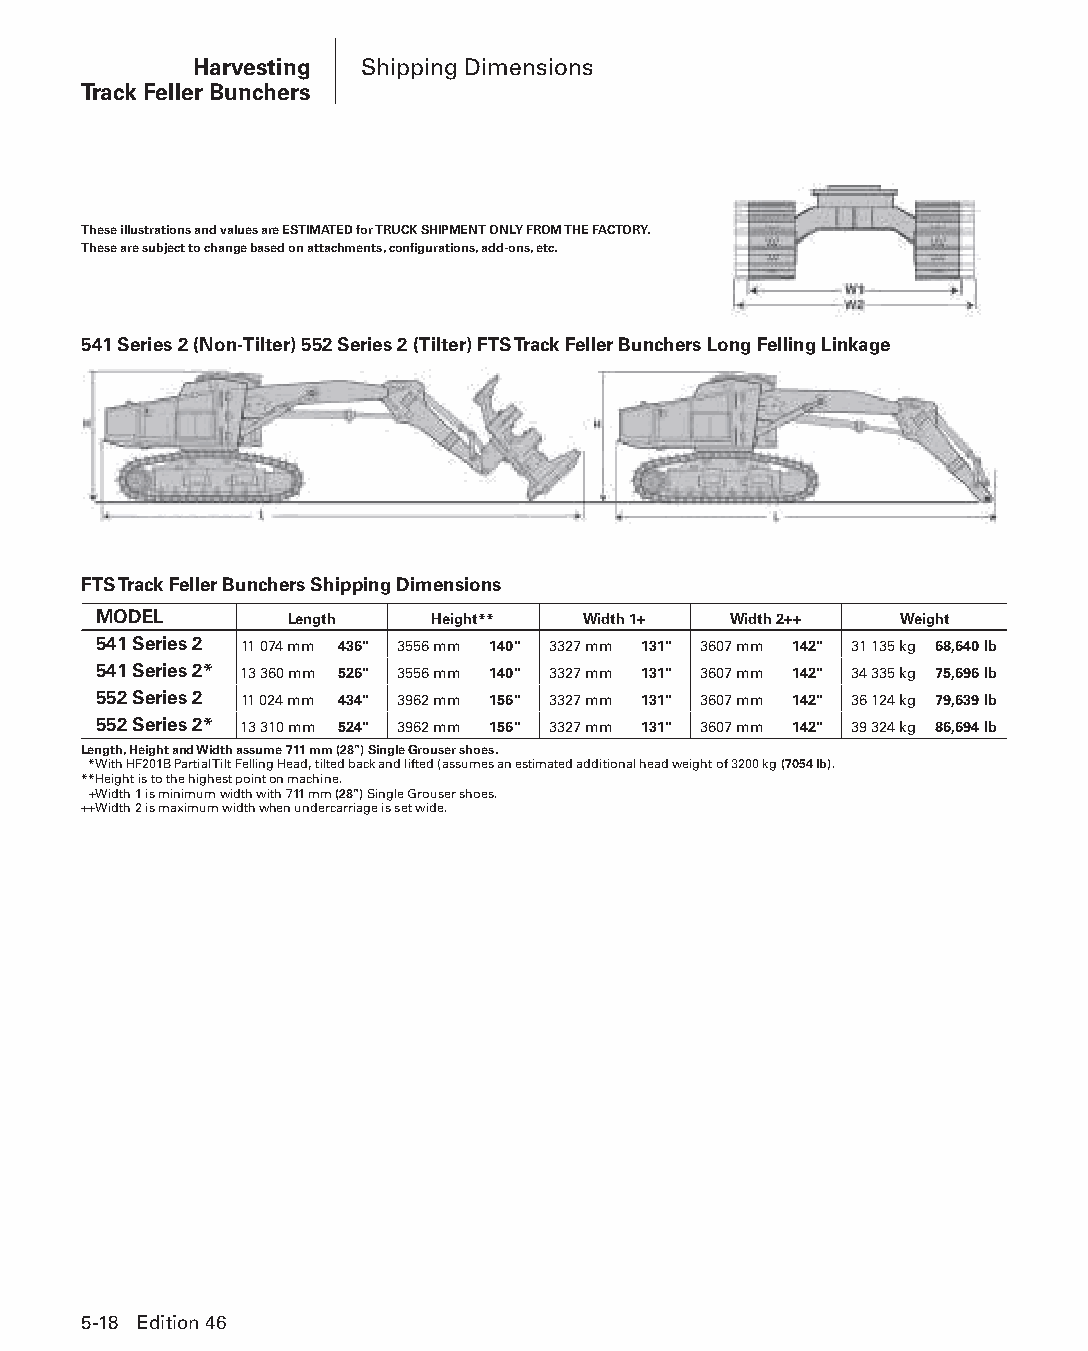
Harvesting Shipping Dimensions
 Track Feller Bunchers
 These illustrations and values are ESTIMATED for TRUCK SHIPMENT ONLY FROM THE FACTORY.
 These are subject to change based on attachments, configurations, add-ons, etc.
 541 Series 2 (Non-Tilter) 552 Series 2 (Tilter) FTS Track Feller Bunchers Long Felling Linkage
 FTS Track Feller Bunchers Shipping Dimensions
 MODEL       Length    Height**  Width 1+  Width 2++  Weight
 541 Series 2 11 074 mm 436" 3556 mm 140" 3327 mm 131" 3607 mm 142" 31 135 kg 68,640 lb
 541 Series 2* 13 360 mm 526" 3556 mm 140" 3327 mm 131" 3607 mm 142" 34 335 kg 75,696 lb
 552 Series 2 11 024 mm 434" 3962 mm 156" 3327 mm 131" 3607 mm 142" 36 124 kg 79,639 lb
 552 Series 2* 13 310 mm 524" 3962 mm 156" 3327 mm 131" 3607 mm 142" 39 324 kg 86,694 lb
 Length, Height and Width assume 711 mm (28") Single Grouser shoes.
 **With HF201B Partial Tilt Felling Head, tilted back and lifted (assumes an estimated additional head weight of 3200 kg (7054 lb).
 **Height is to the highest point on machine.
 ++Width 1 is minimum width with 711 mm (28") Single Grouser shoes.
 ++Width 2 is maximum width when undercarriage is set wide.
 5-18 Edition 46
 PPHHBB--SSeecc0055--1166..iinndddd 1188                        1122//44//1155 22::1188 PPMM